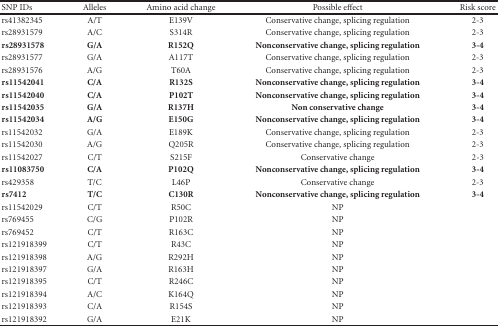
<table><thead><tr><td><b>SNP IDs</b></td><td><b>Alleles</b></td><td><b>Amino acid change</b></td><td><b>Possible effect</b></td><td><b>Risk score</b></td></tr></thead><tbody><tr><td>rs41382345</td><td>A/T</td><td>E139V</td><td>Conservative change, splicing regulation</td><td>2-3</td></tr><tr><td>rs28931579</td><td>A/C</td><td>S314R</td><td>Conservative change, splicing regulation</td><td>2-3</td></tr><tr><td><b>rs28931578</b></td><td><b>G/A</b></td><td><b>R152Q</b></td><td><b>Nonconservative change, splicing regulation</b></td><td><b>3-4</b></td></tr><tr><td>rs28931577</td><td>G/A</td><td>A117T</td><td>Conservative change, splicing regulation</td><td>2-3</td></tr><tr><td>rs28931576</td><td>A/G</td><td>T60A</td><td>Conservative change, splicing regulation</td><td>2-3</td></tr><tr><td><b>rs11542041</b></td><td><b>C/A</b></td><td><b>R132S</b></td><td><b>Nonconservative change, splicing regulation</b></td><td><b>3-4</b></td></tr><tr><td><b>rs11542040</b></td><td><b>C/A</b></td><td><b>P102T</b></td><td><b>Nonconservative change, splicing regulation</b></td><td><b>3-4</b></td></tr><tr><td><b>rs11542035</b></td><td><b>G/A</b></td><td><b>R137H</b></td><td><b>Non conservative change</b></td><td><b>3-4</b></td></tr><tr><td><b>rs11542034</b></td><td><b>A/G</b></td><td><b>E150G</b></td><td><b>Nonconservative change, splicing regulation</b></td><td><b>3-4</b></td></tr><tr><td>rs11542032</td><td>G/A</td><td>E189K</td><td>Conservative change, splicing regulation</td><td>2-3</td></tr><tr><td>rs11542030</td><td>A/G</td><td>Q205R</td><td>Conservative change, splicing regulation</td><td>2-3</td></tr><tr><td>rs11542027</td><td>C/T</td><td>S215F</td><td>Conservative change</td><td>2-3</td></tr><tr><td><b>rs11083750</b></td><td><b>C/A</b></td><td><b>P102Q</b></td><td><b>Nonconservative change, splicing regulation</b></td><td><b>3-4</b></td></tr><tr><td>rs429358</td><td>T/C</td><td>L46P</td><td>Conservative change</td><td>2-3</td></tr><tr><td><b>rs7412</b></td><td><b>T/C</b></td><td><b>C130R</b></td><td><b>Nonconservative change, splicing regulation</b></td><td><b>3-4</b></td></tr><tr><td>rs11542029</td><td>C/T</td><td>R50C</td><td>NP</td><td>[EMPTY_CELL]</td></tr><tr><td>rs769455</td><td>C/G</td><td>P102R</td><td>NP</td><td>[EMPTY_CELL]</td></tr><tr><td>rs769452</td><td>C/T</td><td>R163C</td><td>NP</td><td>[EMPTY_CELL]</td></tr><tr><td>rs121918399</td><td>C/T</td><td>R43C</td><td>NP</td><td>[EMPTY_CELL]</td></tr><tr><td>rs121918398</td><td>A/G</td><td>R292H</td><td>NP</td><td>[EMPTY_CELL]</td></tr><tr><td>rs121918397</td><td>G/A</td><td>R163H</td><td>NP</td><td>[EMPTY_CELL]</td></tr><tr><td>rs121918395</td><td>C/T</td><td>R246C</td><td>NP</td><td>[EMPTY_CELL]</td></tr><tr><td>rs121918394</td><td>A/C</td><td>K164Q</td><td>NP</td><td>[EMPTY_CELL]</td></tr><tr><td>rs121918393</td><td>C/A</td><td>R154S</td><td>NP</td><td>[EMPTY_CELL]</td></tr><tr><td>rs121918392</td><td>G/A</td><td>E21K</td><td>NP</td><td>[EMPTY_CELL]</td></tr></tbody></table>